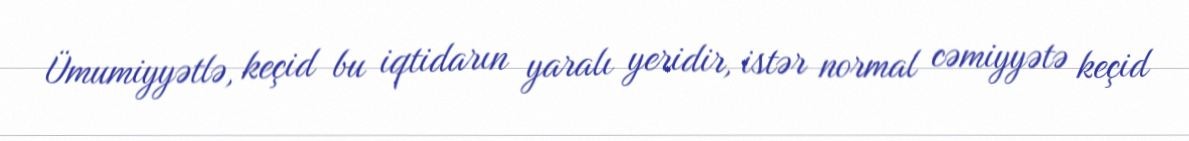
Ümumiyyətlə, keçid bu iqtidarın yaralı yeridir, istər normal cəmiyyətə keçid